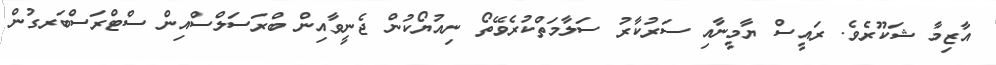
އާޒިމާ ޝަކޫރެވެ. ރައީސް ޔާމީނާއި ސަރުކާރު ސަލާމަތްކުރެވޭތޯ ނިއުޔޯކުން ޖެނީވާއިން ބްރަސަލްސްއިން ސްޓްރަސްބަރގުން